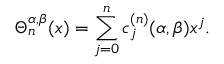
\Theta _ { n } ^ { \alpha , \beta } ( x ) = \sum _ { j = 0 } ^ { n } c _ { j } ^ { ( n ) } { ( \alpha , \beta ) } x ^ { j } .